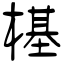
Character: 樭